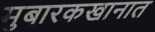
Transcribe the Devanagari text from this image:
मुबारकखानात